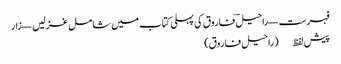
فہرست — راحیلؔ فاروق کی پہلی کتاب میں شامل غزلیں — زار
پیش لفظ (راحیل فاروق)